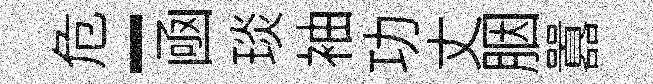
危-凾琰袖功丈胭囂